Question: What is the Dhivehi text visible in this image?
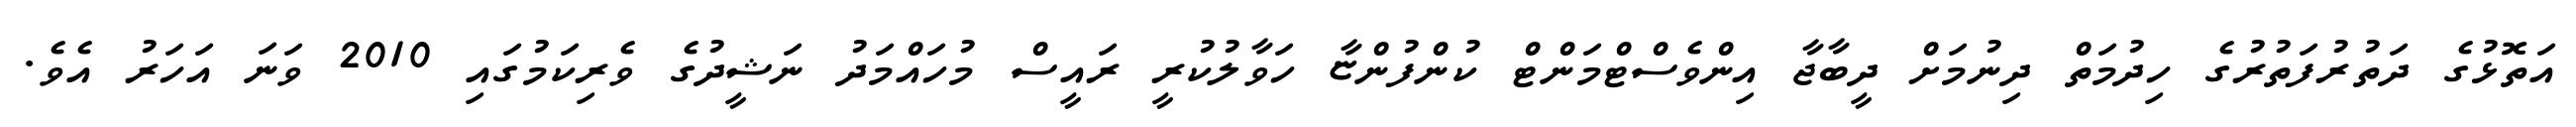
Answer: އަތޮޅުގެ ދަތުރުފަތުރުގެ ހިދުމަތް ދިނުމަށް ދީބާޖާ އިންވެސްޓްމަންޓް ކުންފުންޏާ ހަވާލުކުރީ ރައީސް މުހައްމަދު ނަޝީދުގެ ވެރިކަމުގައި 2010 ވަނަ އަހަރު އެވެ.